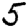
Digit: 5